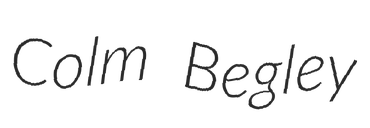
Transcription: Colm Begley